65_HS1-834228961_62-HQ-83894_Section_5
Agency: FBI
Page 103
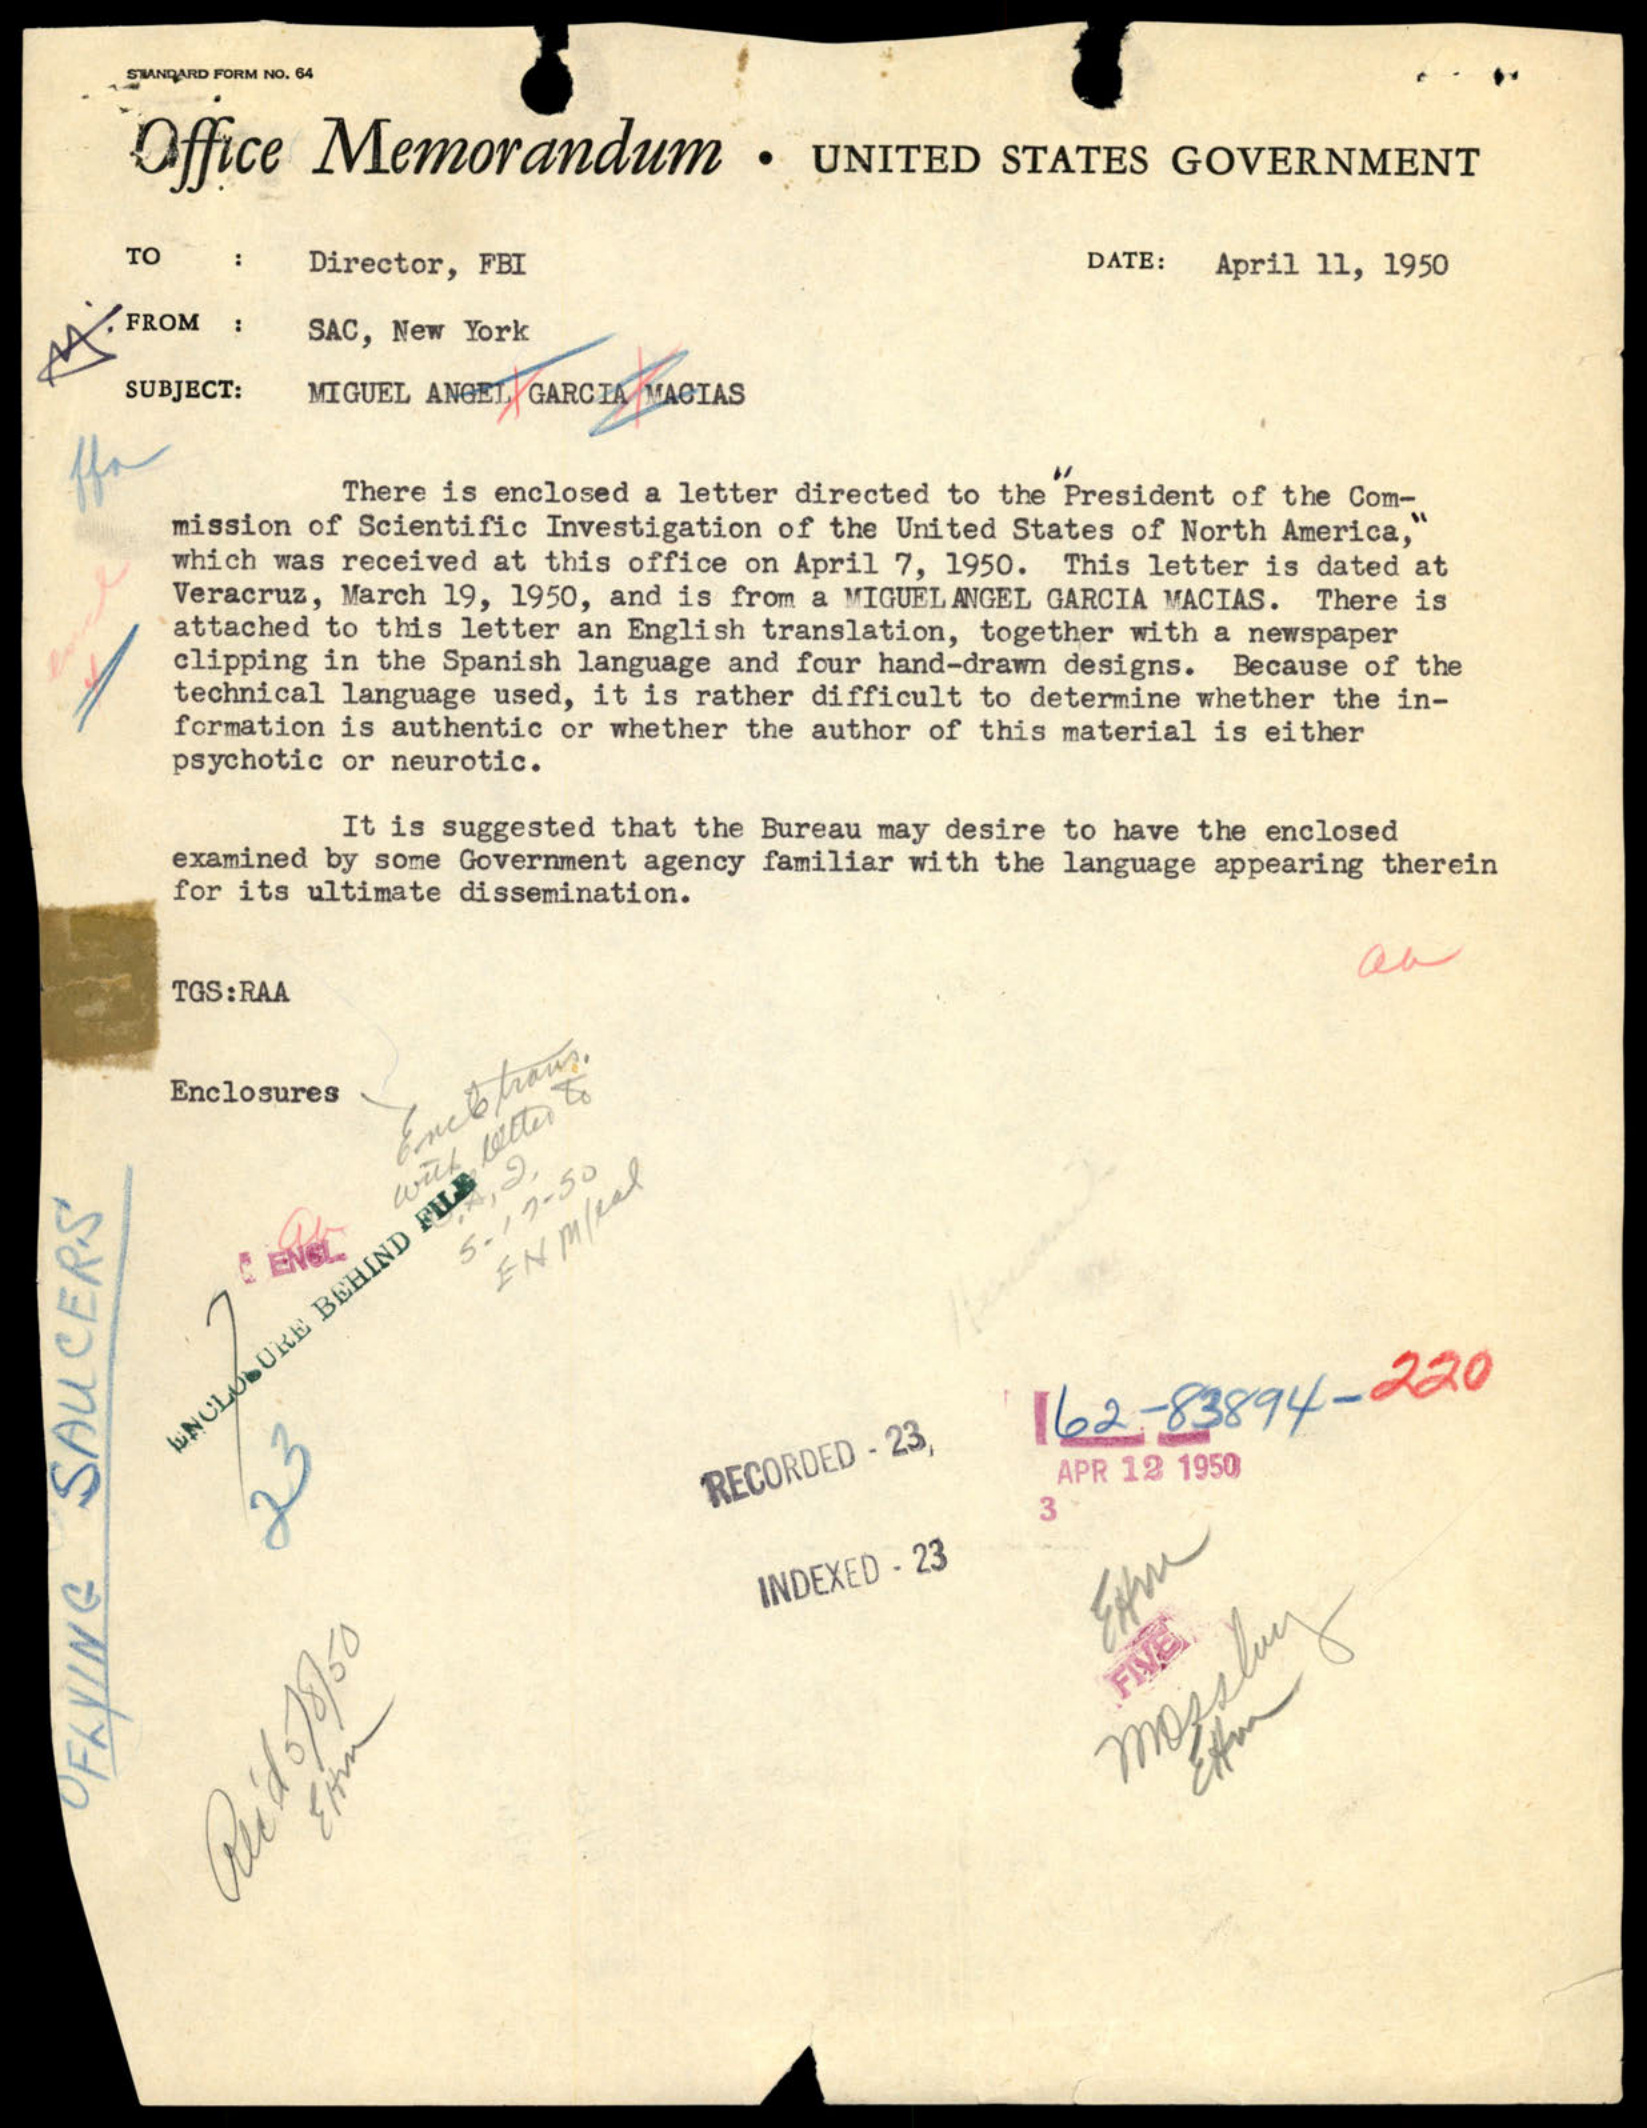